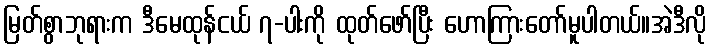
မြတ်စွာဘုရားက ဒီမေထုန်ငယ် ၇-ပါးကို ထုတ်ဖော်ပြီး ဟောကြားတော်မူပါတယ်။အဲဒီလို